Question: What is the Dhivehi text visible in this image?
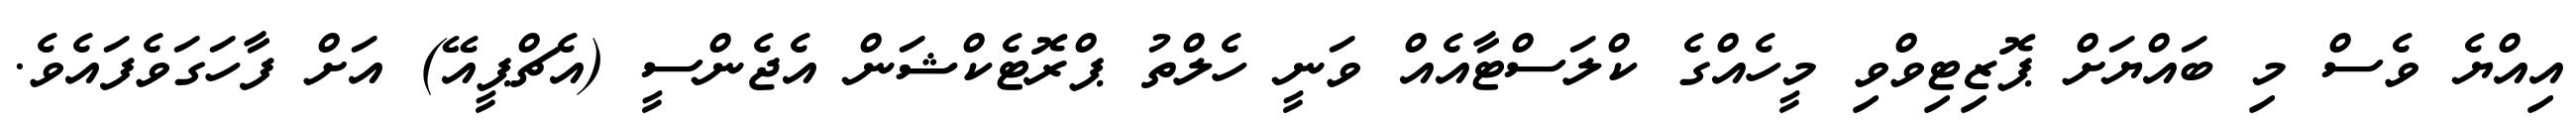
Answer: އިއްޔެ ވެސް މި ބައްޔަށް ޕޮޒިޓިވްވި މީހެއްގެ ކްލަސްޓާއެއް ވަނީ ހެލްތު ޕްރޮޓެކްޝަން އެޖެންސީ (އެޗްޕީއޭ) އަށް ފާހަގަވެފައެވެ.